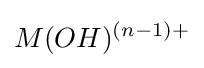
M(OH)^{(n-1)+}